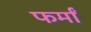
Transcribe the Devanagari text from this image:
फर्मां